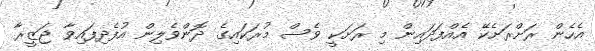
އެހެން ރަށްރަށެކޭ އެއްފަދައިން މި ރަށަކީ ވެސް މުރަކައިގެ ދޮންވެލިން އުފެދިފައިވާ ޖަޒީރާ